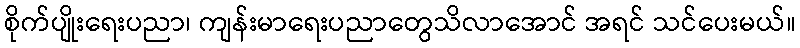
စိုက်ပျိုးရေးပညာ၊ ကျန်းမာရေးပညာတွေသိလာအောင် အရင် သင်ပေးမယ်။